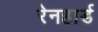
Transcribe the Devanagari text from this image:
रेनहार्ड